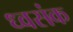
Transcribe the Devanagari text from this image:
ध्वसंक